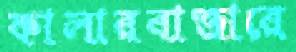
কালারবাজারে